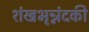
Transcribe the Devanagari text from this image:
शंखभृन्नंदकी